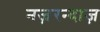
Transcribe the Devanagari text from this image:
नज़रन्दाज़